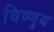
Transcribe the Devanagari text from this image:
विष्णुय